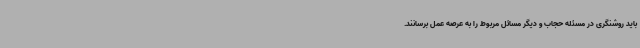
باید روشنگری در مسئله حجاب و دیگر مسائل مربوط را به عرصه عمل برسانند.